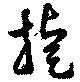
捷